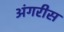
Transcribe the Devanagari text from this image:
अंगरीस